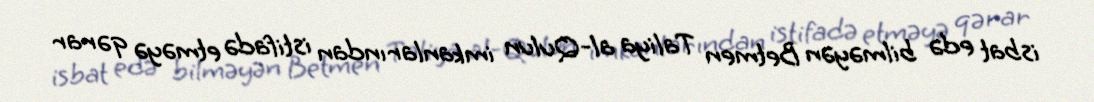
isbat edə bilməyən Betmen Taliya al-Qulun imkanlarından istifadə etməyə qərar